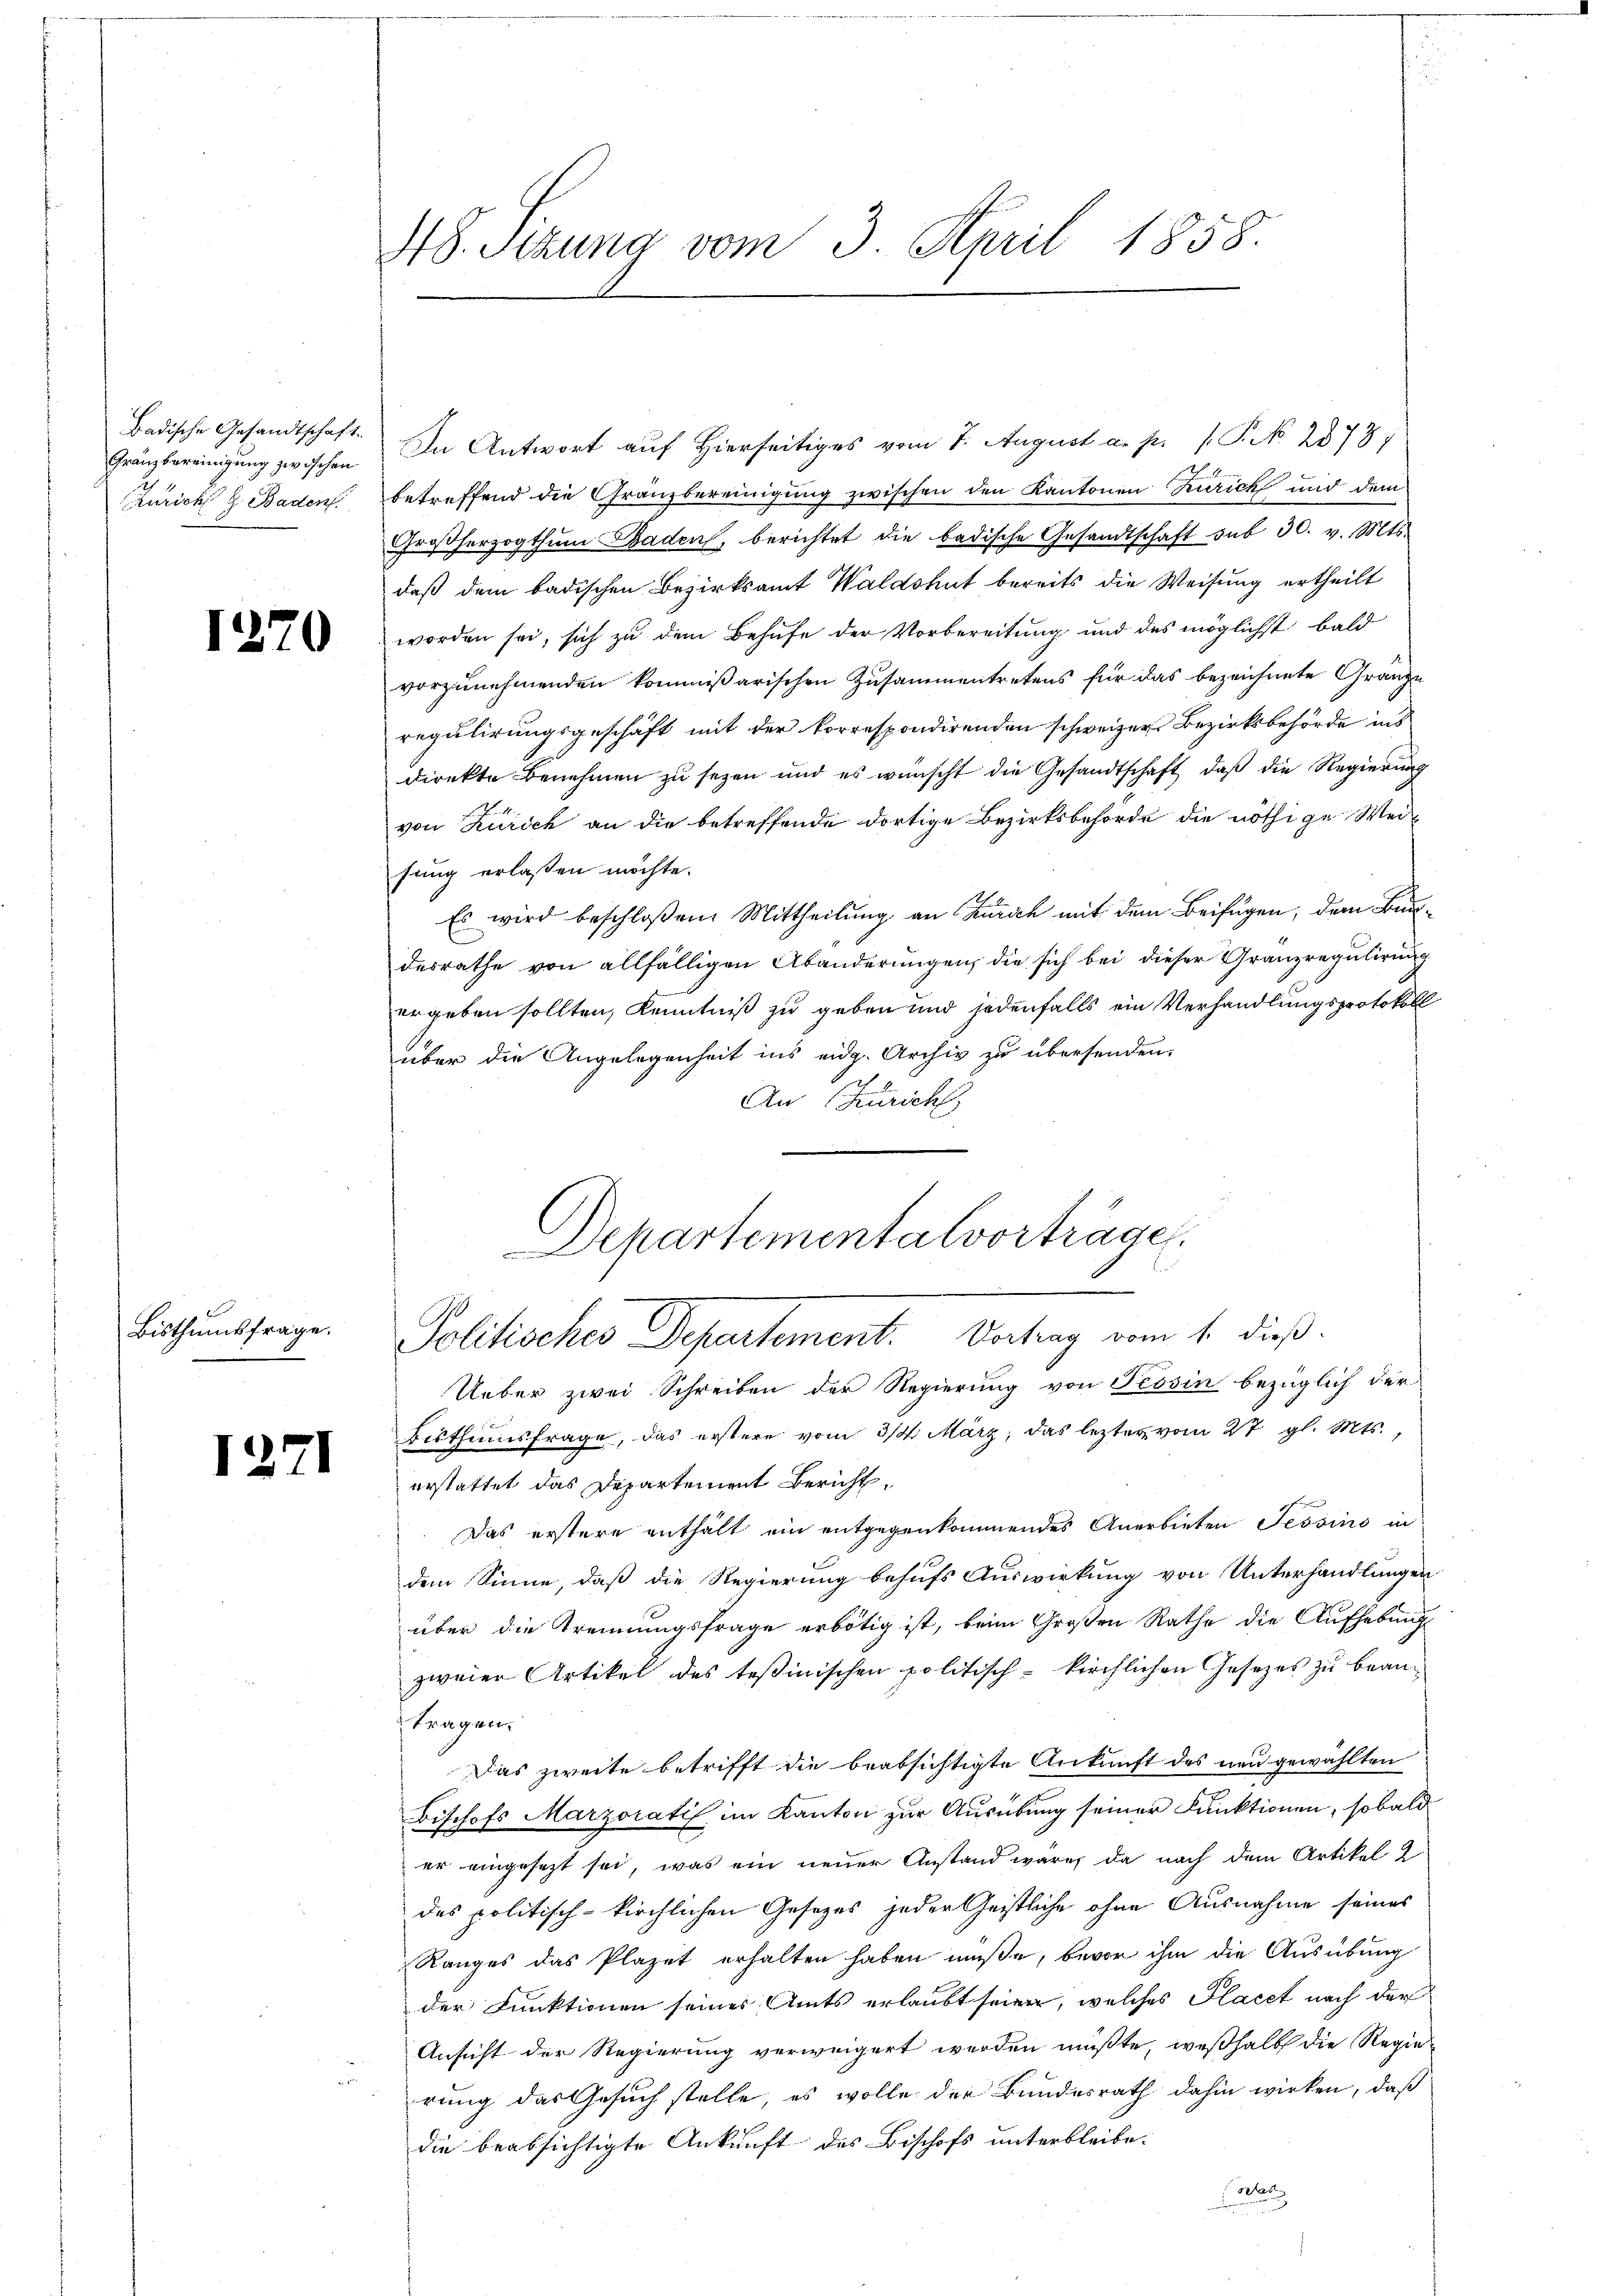
Badische Gesandtschaft.
Gränzbereinigung zwischen
Züricht z. Baden.

1

Bisthumsfrage.

0

1271

48. Sizung vom 3. April 1858.

In Antwort auf Hierseitiges vom 1. August a. p. P. No. 2378)
betreffend die Gränzbereinigung zwischen den Kantonen Zürich und dem
Großherzogthum Baden, berichtet die badische Gesandtschaft sub 30. v. Mts.
daß dem badischen Bezirksamt Waldshut bereits die Weisung ertheilt
worden sei, sich zu dem Behufe der Vorbereitung und des möglichst bald
vorzunehmenden kommißarischen Zusammentretens für das bezeichnete Gränze
regulirungsgeschäft mit der korrespondirenden schweizer Bezirksbehörde ins
direkte Benehmen zŭ sezen und es wünscht die Gesandtschaft, daβ die Regierŭng
von Zürich an die betreffende dortige Bezirksbehörde die nöthige Weifung erlaßen möchte.
Es wird beschloßen: Mittheilung an Zürich mit dem Beifügen, dem Bundesrathe von allfälligen Abänderungen, die sich bei dieser Granzregulirung
ergeben sollten, Kenntniß zu geben und jedenfalls ein Verhandlungsprotokoll
über die Angelegenheit ins eidg. Archiv zu übersenden.
e
An (Zürich,
Departementalvorträge.

Politisches Departement. Vertrag vom 1. dieß.

Ueber zwei Schreiben der Regierung von Tessin bezüglich der
Bisthumsfrage, das erstere vom 3/4 März, das lezter vom 27. gl. Mts.,
erstattet das Departement Bericht
Das erstere enthält ein entgegenkommendes Anerbieten Tessino in
dem Sinne, daß die Regierung behufs Auswirkung von Unterhandlungen
über die Trennungsfrage erbötig ist, beim Großen Rathe die Aufhebung
zweier Artikel des Teßinischen politisch-kirchlichen Gesetzes zu bean¬
Fragen,
Das zweite betrifft die beabsichtigte Ankunft des neu gewählten
Bischofs Marzoratif im Kanton zur Ausübung seiner Funktionen, sobald
er eingesezt sei, was ein neuer Anstand wäre, da nach dem Artikel
des politisch-kirchlichen Gesetzes jeder Geistliche ohne Ausnahme seines
Ranges das Plazet erhalten haben müße, bevor ihm die Ausübung
der Funktionen seines Amts erlaubt seien, welches Placet nach der
Ansicht der Regierung verweigert werden müßte, weßhalb die Regie
rung das Gesuch stelle, es wolle der Bundesrath dahin wirken, daß
die beabsichtigte Ankunft des Bischofs unterbleibe.
Coelen